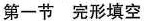
第一节 完形填空